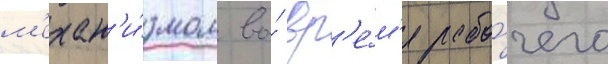
м'ехан'и́змом во́ вр'е́м'я рабо́чего